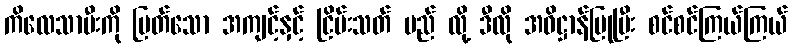
ကိလေသာမီးကို မြတ်သော အကျင့်နှင့် ငြိမ်းသတ် မည် လို့ ဒီလို အဓိဋ္ဌာန်ပြုပြီး စင်စင်ကြယ်ကြယ်